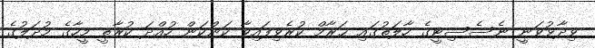
ވިދާޅުވަނީ ނެސެސިޓީގެ ހާލަތުގައި ޙަރާމް ކުރެވިފައިވާ ކަންކަން ހުއްދަ ކުރާތީ މީހާގެ މުދަލުގެ